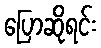
ပြောဆိုရင်း